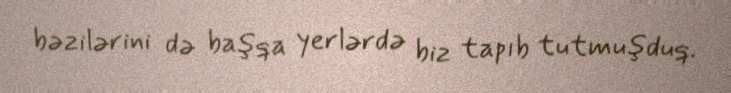
bəzilərini də başqa yerlərdə biz tapıb tutmuşduq.